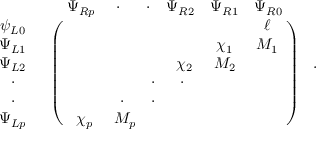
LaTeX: \begin{array} { c c } { { } } & { { \begin{array} { c c c c c c } { { \Psi _ { R p } } } & { { ~ \cdot } } & { { ~ ~ \cdot } } & { { \Psi _ { R 2 } } } & { { \Psi _ { R 1 } } } & { { \Psi _ { R 0 } } } \end{array} } } \\ { { \begin{array} { c } { { \psi _ { L 0 } } } \\ { { \Psi _ { L 1 } } } \\ { { \Psi _ { L 2 } } } \\ { { \cdot } } \\ { { \cdot } } \\ { { \Psi _ { L p } } } \end{array} } } & { { \left( \begin{array} { c c c c c c } { { } } & { { } } & { { } } & { { } } & { { } } & { { ~ \ell } } \\ { { } } & { { } } & { { } } & { { } } & { { ~ \chi _ { 1 } } } & { { ~ M _ { 1 } } } \\ { { } } & { { } } & { { } } & { { ~ \chi _ { 2 } } } & { { ~ M _ { 2 } } } & { { } } \\ { { } } & { { } } & { { \cdot } } & { { \cdot } } & { { } } & { { } } \\ { { } } & { { \cdot } } & { { \cdot } } & { { } } & { { } } & { { } } \\ { { ~ \chi _ { p } } } & { { ~ M _ { p } } } & { { } } & { { } } & { { } } \end{array} \right) } } \end{array} ~ .